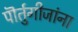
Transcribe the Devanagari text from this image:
पॊर्तुगीजांना